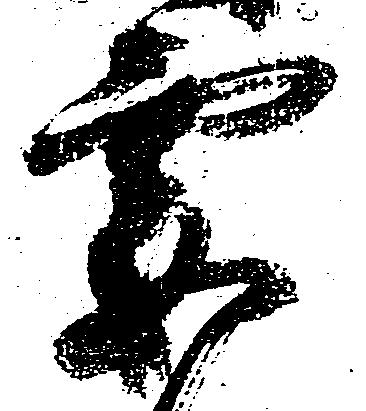
要